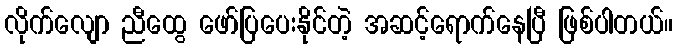
လိုက်လျော ညီထွေ ဖော်ပြပေးနိုင်တဲ့ အဆင့်ရောက်နေပြီ ဖြစ်ပါတယ်။